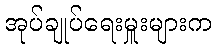
အုပ်ချုပ်ရေးမှူးများက